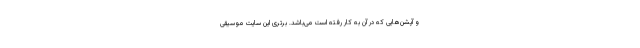
و آپشن‌هایی که در آن به کار رفته است می‌باشد. برتری این سایت موسیقی